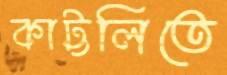
কাট্টলিতে